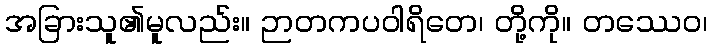
အခြားသူ၏မူလည်း။ ဉာတကပဝါရိတေ၊ တို့ကို။ တဿေဝ၊